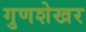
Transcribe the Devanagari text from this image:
गुणशेखर